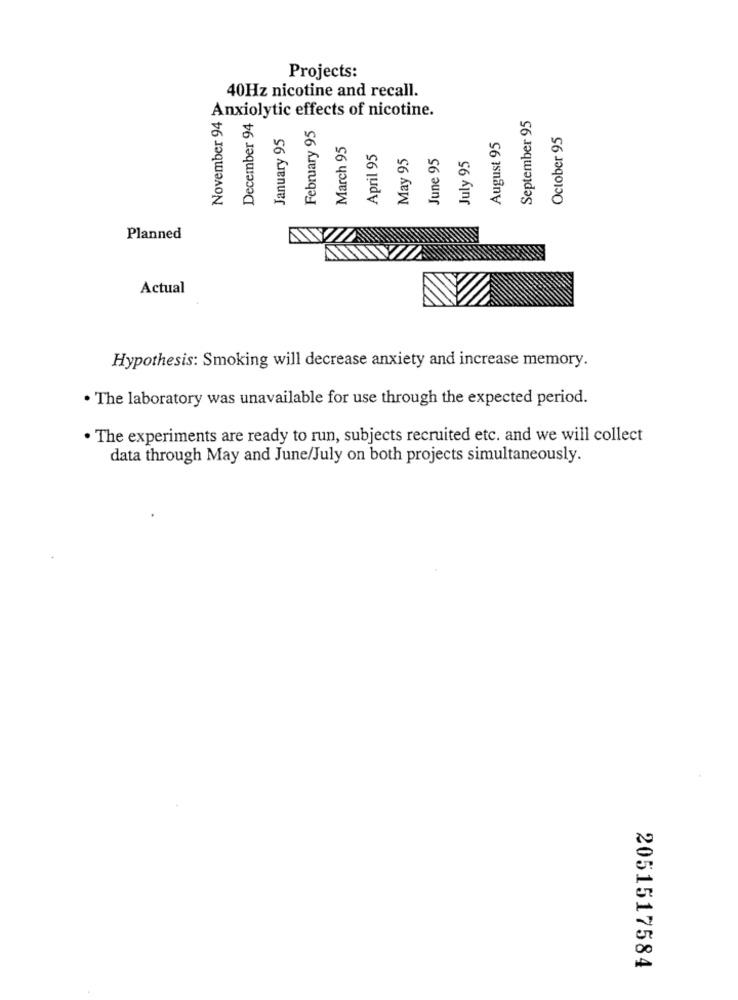
Projects:
40Hz nicotine and recall.
Anxiolytic effects of nicotine.
September 95
November 94
December 94
February 95
January 95
October 95
March 95
August 95
April 95
May 95
June 95
July 95
Planned
Actual
Hypothesis: Smoking will decrease anxiety and increase memory.
. The laboratory was unavailable for use through the expected period.
. The experiments are ready to run, subjects recruited etc. and we will collect
data through May and June/July on both projects simultaneously.
2051517584